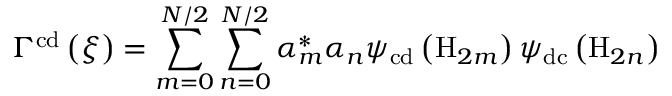
\Gamma ^ { \mathrm { c d } } \left( \xi \right) = \sum _ { m = 0 } ^ { N / 2 } \sum _ { n = 0 } ^ { N / 2 } \alpha _ { m } ^ { * } \alpha _ { n } \psi _ { \mathrm { c d } } \left( \mathrm { H } _ { 2 m } \right) \psi _ { \mathrm { d c } } \left( \mathrm { H } _ { 2 n } \right)